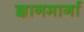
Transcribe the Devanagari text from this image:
ज्ञानमार्गा